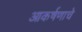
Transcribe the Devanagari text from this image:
आकर्षणाचे